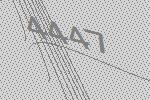
4447